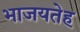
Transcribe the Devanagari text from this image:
भाजयतेह